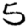
Digit: 5